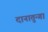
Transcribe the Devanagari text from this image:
दानातुन्गा